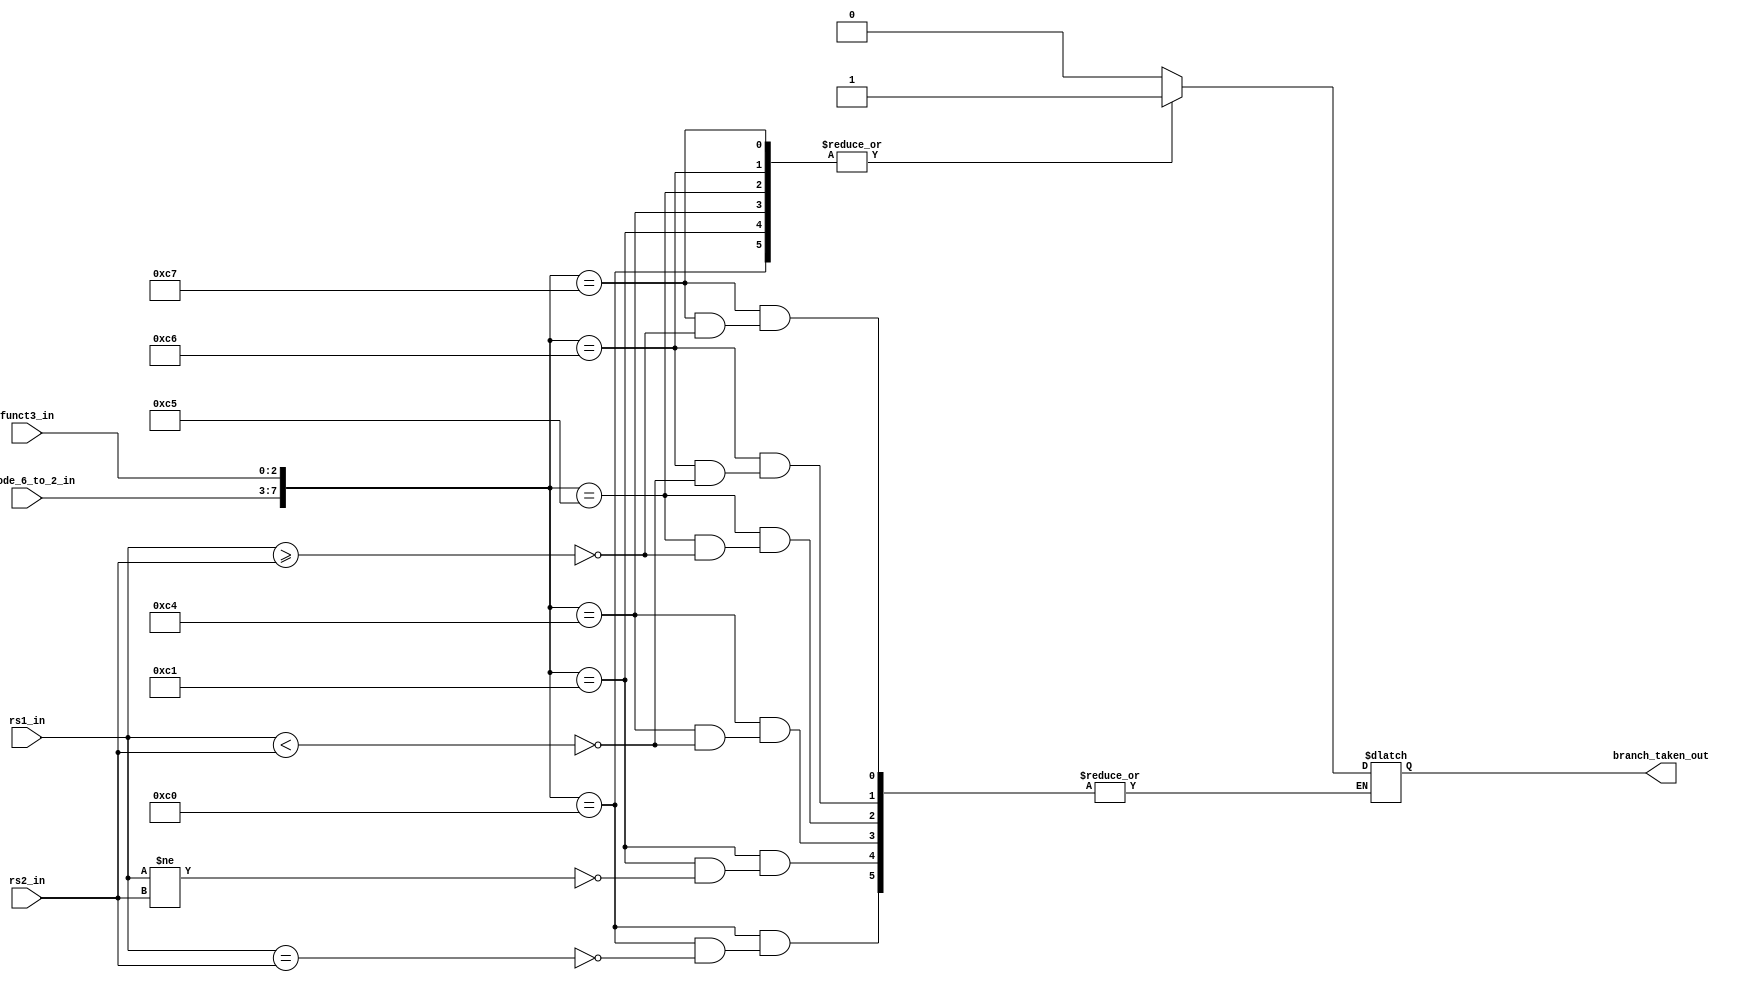
`timescale 1ns / 1ps


module branch_unit(
    input [31:0] rs1_in,
    input [31:0] rs2_in,
    input [4:0] opcode_6_to_2_in,
    input [2:0] funct3_in,
    output reg branch_taken_out
    );
    
    
    
   
    always @(*)
    begin
    case({opcode_6_to_2_in, funct3_in } )    
    8'b11000000 : if (rs1_in == rs2_in) branch_taken_out = 1; 
    8'b11000001 : if (rs1_in != rs2_in) branch_taken_out = 1; 
    8'b11000100 : if (rs1_in < rs2_in) branch_taken_out = 1; 
    8'b11000101 : if (rs1_in >= rs2_in) branch_taken_out = 1;
    8'b11000110 : if (rs1_in < rs2_in) branch_taken_out = 1; 
    8'b11000111 : if (rs1_in >= rs2_in) branch_taken_out = 1;
    
    default : branch_taken_out = 0;
    endcase
    end

endmodule